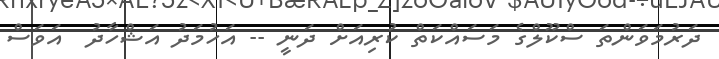
ދަރުމަވަންތަ ސްކޫލްގެ މަސައްކަތް ކުރިއަށް ދަނީ -- އަހުމަދު އަޝްހާދު  އަވަސް